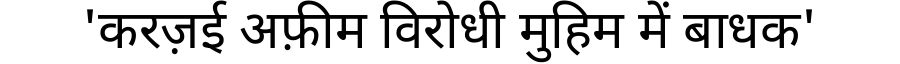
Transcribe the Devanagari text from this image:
'करज़ई अफ़ीम विरोधी मुहिम में बाधक'